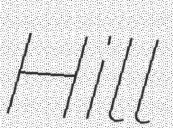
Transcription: Hill